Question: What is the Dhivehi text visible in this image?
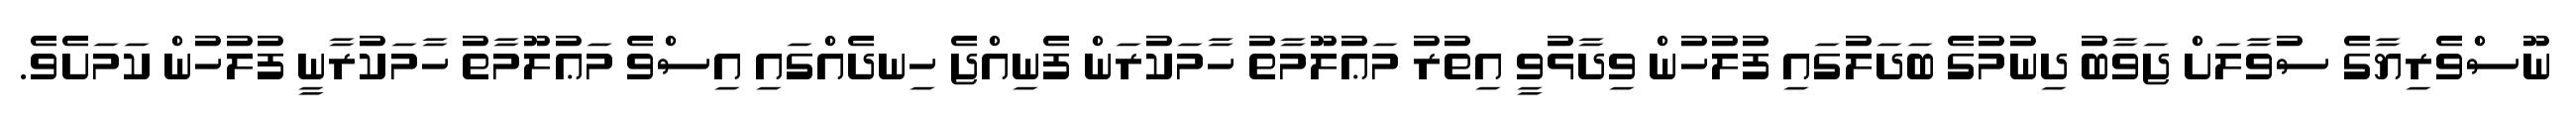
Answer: ނޫސްވެރިޔާގެ ސުވާލަށް ޖަވާބު ދިނުމުގެ ބަދަލުގައި ފުލުހުން ވިދާޅުވީ އިތުރު މަޢުލޫމާތު ހާމަކުރަން ފެނިއްޖެ ހިނދެއްގައި އިސްވެ މަޢުލޫމާތު ހާމަކުރާނީ ފުލުހުން ކަމަށެވެ.